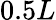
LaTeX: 0.5L